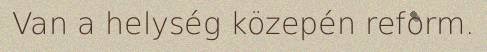
Van a helység közepén reform.